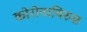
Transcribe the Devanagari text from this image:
कोरोनाविरुस